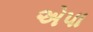
એપા